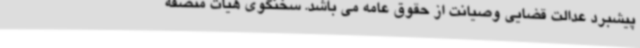
پیشبرد عدالت قضایی وصیانت از حقوق عامه می باشد. سخنگوی هیات منصفه